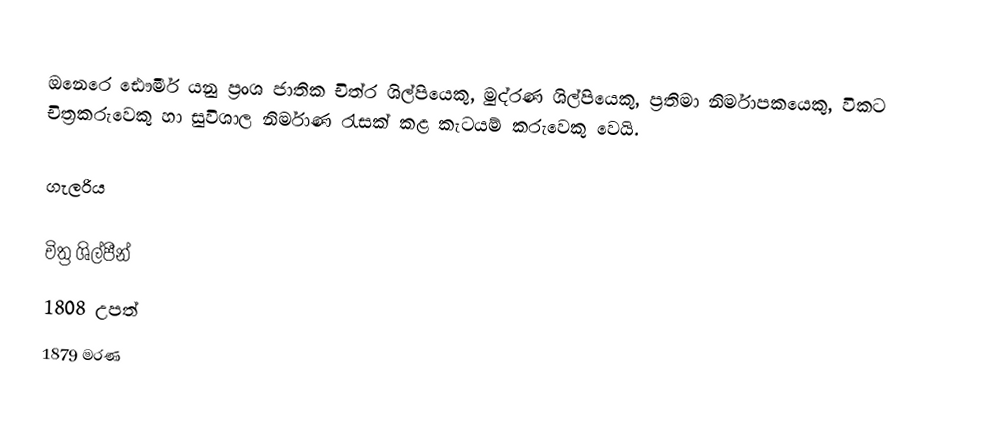
ඔනෙරෙ ඪෞමීර් යනු ප්‍රංශ ජාතික චිත්ර ශිල්පියෙකු, මුද්රණ ශිල්පියෙකු, ප්‍රතිමා නිර්මාපකයෙකු, විකට චිත්‍රකරුවෙකු හා සුවිශාල නිර්මාණ රැසක් කළ කැටයම් කරුවෙකු වෙයි.

ගැලරිය

චිත්‍ර ශිල්පීන්
1808 උපත්
1879 මරණ